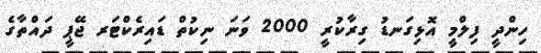
ހިންދީ ފިލްމީ އޮޅިގަނޑު ގިރާކުރީ 2000 ވަނަ ނިކުތް ޑައިރެކްޓަރ ޖޭޕީ ދައްތާގެ